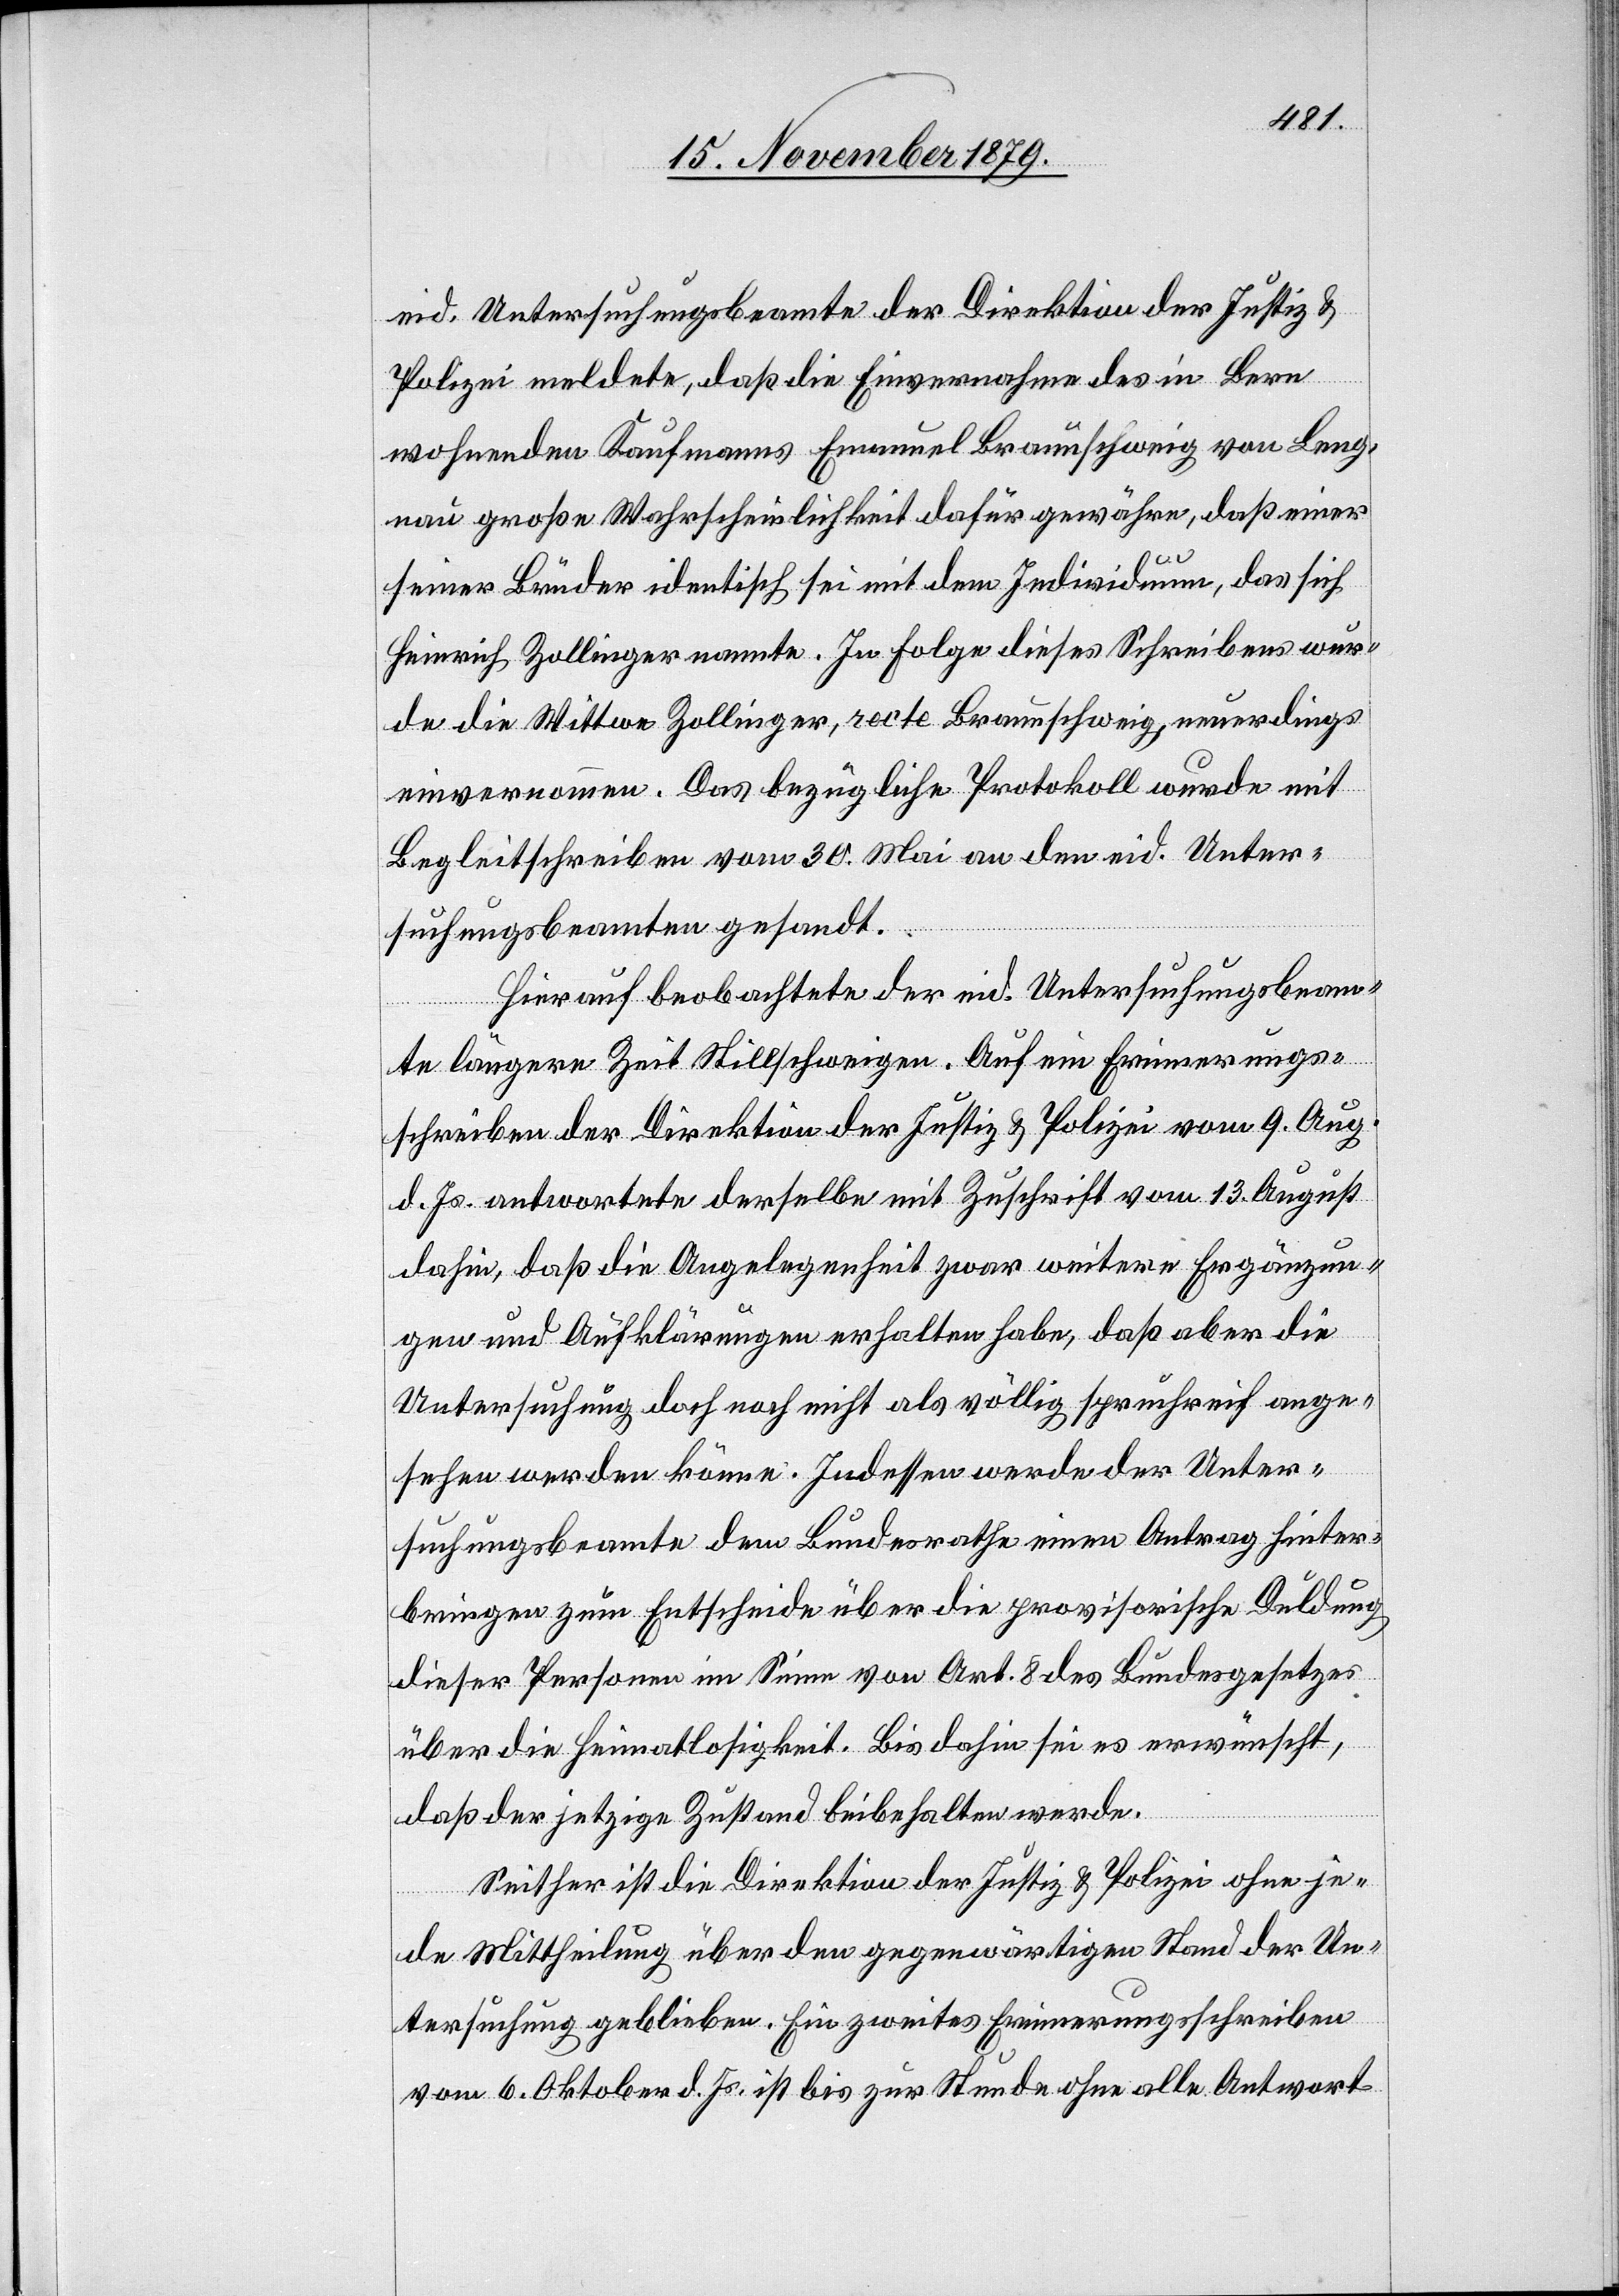
eid. Untersuchungsbeamte der Direktion der Justiz &
Polizei meldete, daß die Einvernahme des in Bern
wohnenden Kaufmanns Emanuel Braunschweig von Leng¬
nau große Wahrscheinlichkeit dafür gewähre, daß einer
seiner Brüder identisch sei mit dem Individuum, das sich
Heinrich Zollinger nannte. In Folge dieses Schreibens wur¬
de die Wittwe Zollinger, recte Braunschweig, neuerdings
einvernommen. Das bezügliche Protokoll wurde mit
Begleitschreiben vom 30. Mai an den eid. Unter¬
suchungsbeamten gesandt.
Hierauf beobachtete der eid. Untersuchungsbeam¬
te längere Zeit Stillschweigen. Auf ein Erinnerungs¬
schreiben der Direktion der Justiz & Polizei vom 9. Aug.
d. Js. antwortete derselbe mit Zuschrift vom 13. August
dahin, das die Angelegenheit zwar weitere Ergänzun¬
gen und Aufklärungen erhalten habe, daß aber die
Untersuchung doch noch nicht als völlig spruchreif ange¬
sehen werden könne. Indessen werde der Unter¬
suchungsbeamte dem Bundesrathe einen Antrag hinter¬
bringen zum Entscheide über die provisorische Duldung
dieser Personen im Sinne von Art. 8 des Bundegesetzes
über die Heimatlosigkeit. Bis dahin sei es erwünscht,
das der jetzige Zustand beibehalten werde.
Seither ist die Direktion der Justiz & Polizei ohne je¬
de Mittheilung über den gegenwärtigen Stand der Un¬
tersuchung geblieben. Ein zweites Erinnerungsschreiben
vom 6. Oktober d. Js, ist bis zur Stunde ohne alle Antwort